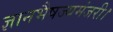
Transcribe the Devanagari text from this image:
ज्ञानभैषज्यमंजरी।